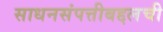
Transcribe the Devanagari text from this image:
साधनसंपत्तीबद्दलची